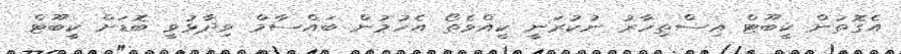
އެގޮތުން ކީބޫޓް އިސްތިހާރު ނުކުރަނީ ކީއްވެތޯ އެހުމުން ބައްސާމް ވިދާޅުވީ ބޮޑަށް ކީބޫޓް